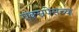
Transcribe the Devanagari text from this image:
एक्स्रपेसच्या